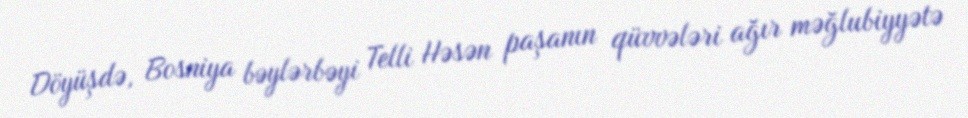
Döyüşdə, Bosniya bəylərbəyi Telli Həsən paşanın qüvvələri ağır məğlubiyyətə